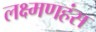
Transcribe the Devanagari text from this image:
लक्ष्मणहंस